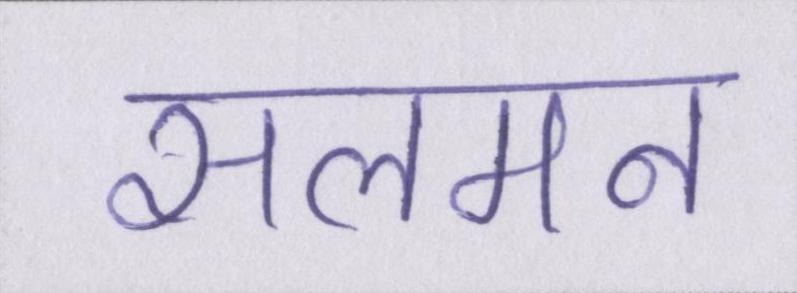
सलमन